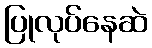
ပြုလုပ်နေဆဲ